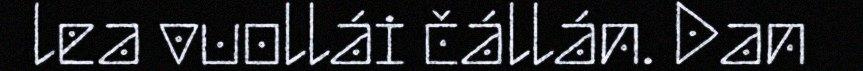
lea vuollái čállán. Dan